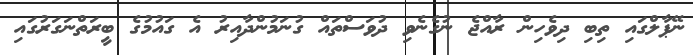
ނޭޕާލްގައި ތިބި ދިވެހިން ރާއްޖެ ނުގެނެވި ދުވަސްތައް ގުނަމުންދާއިރު އެ ގައުމުގެ ބީރަތްނަގަރުގައި